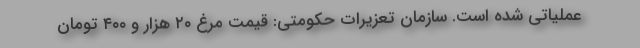
عملیاتی شده است. سازمان تعزیرات حکومتی: قیمت مرغ ۲۰ هزار و ۴۰۰ تومان